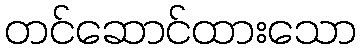
တင်ဆောင်ထားသော